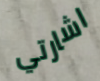
اشارتي